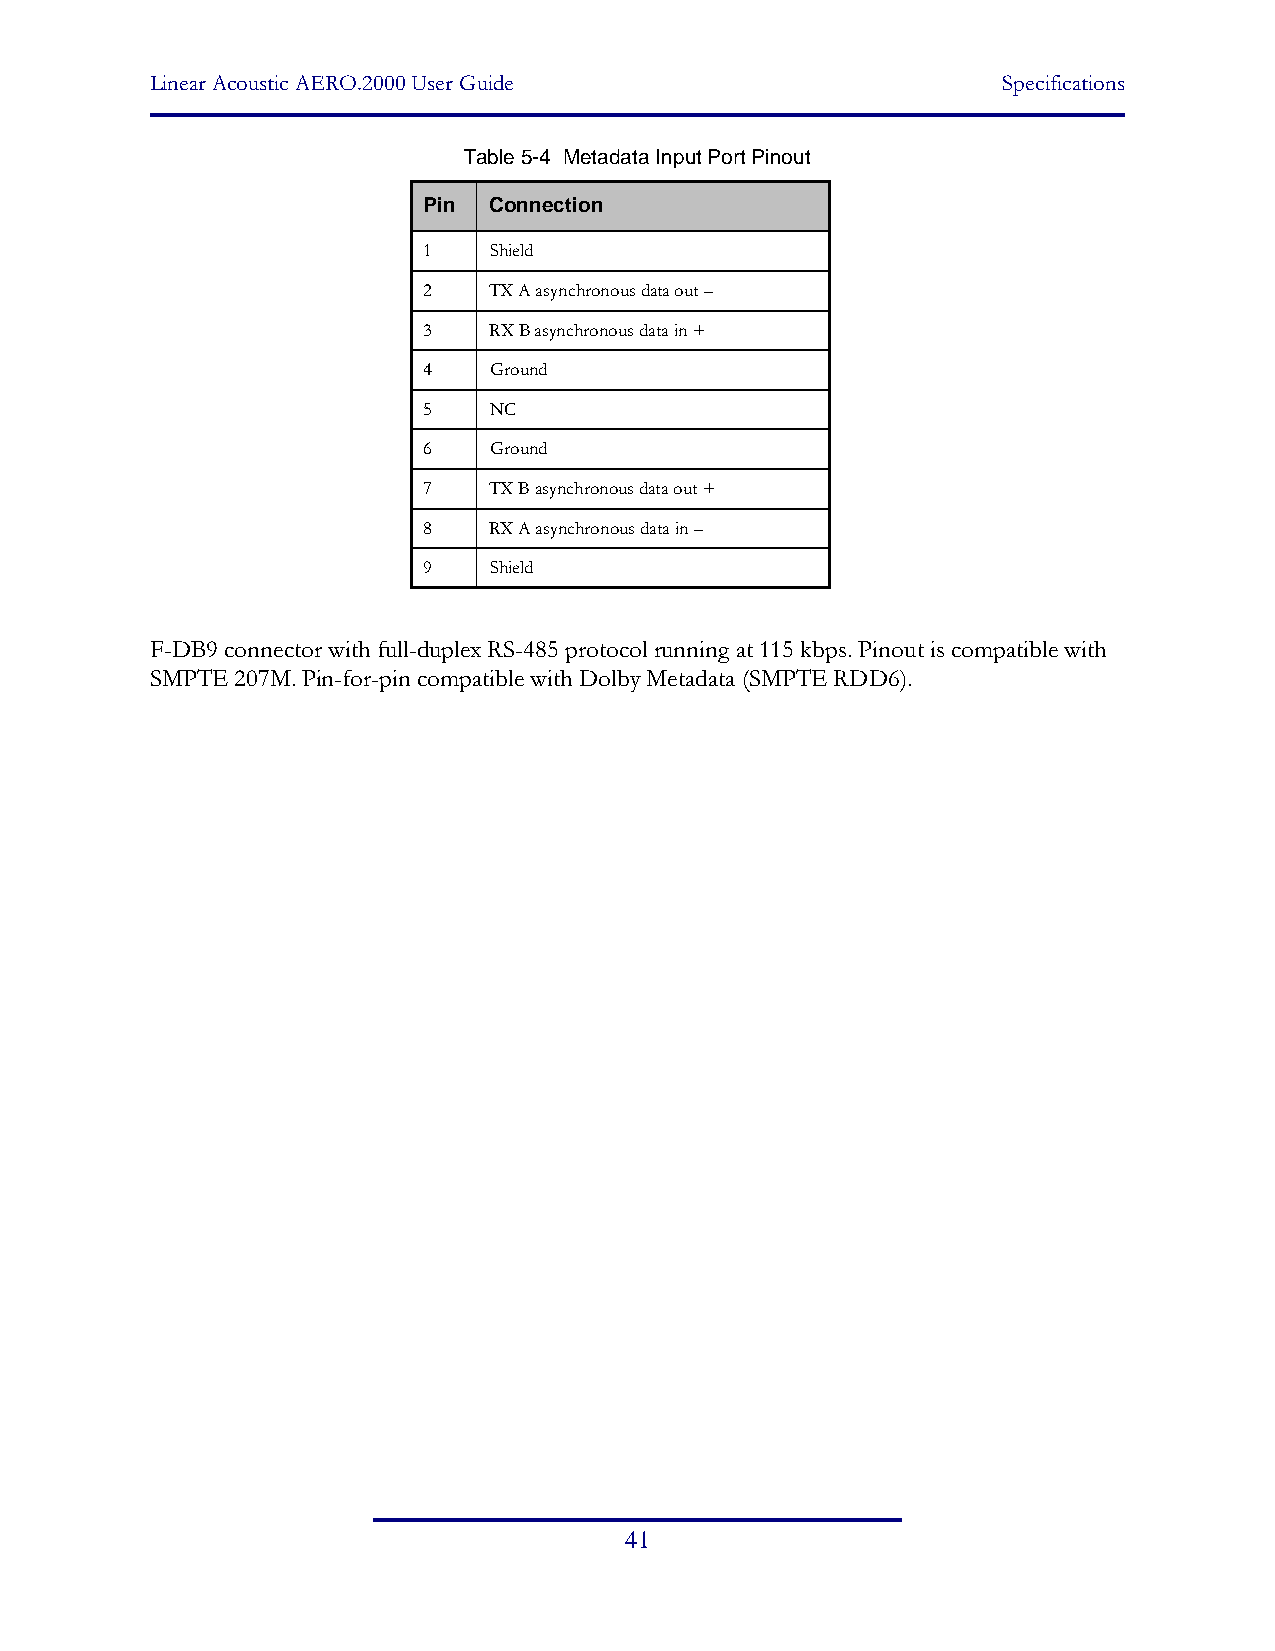
Linear Acoustic AERO.2000 User Guide                    Specifications
 Table 5-4 Metadata Input Port Pinout
 Pin Connection
 1   Shield
 2   TX A asynchronous data out –
 3   RX B asynchronous data in +
 4   Ground
 5   NC
 6   Ground
 7   TX B asynchronous data out +
 8   RX A asynchronous data in –
 9   Shield
 F-DB9 connector with full-duplex RS-485 protocol running at 115 kbps. Pinout is compatible with
 SMPTE 207M. Pin-for-pin compatible with Dolby Metadata (SMPTE RDD6).
 41